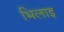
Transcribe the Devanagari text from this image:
भिलाइ